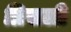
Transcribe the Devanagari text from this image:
प्रिसली